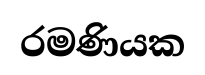
රමණියක